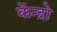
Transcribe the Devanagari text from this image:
केंन्द्रो